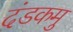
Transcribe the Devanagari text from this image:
दंडकमु